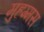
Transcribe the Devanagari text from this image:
मुहम्मस